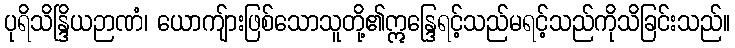
ပုရိသိန္ဒြိယဉာဏံ၊ ယောကျ်ားဖြစ်သောသူတို့၏ဣန္ဒြေရင့်သည်မရင့်သည်ကိုသိခြင်းသည်။